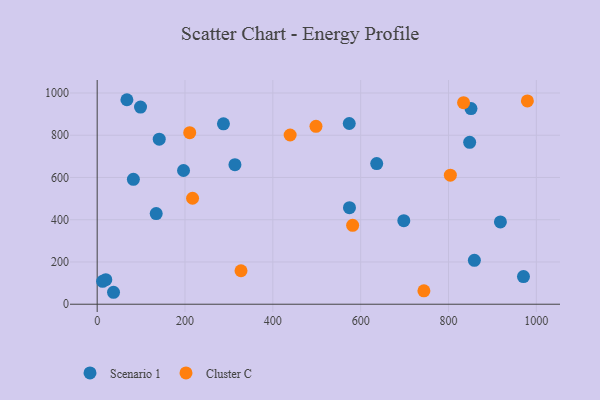
{"axis": {"x": "Distance", "y": "Sales"}, "legend": ["Cluster C", "Scenario 1"], "data": [{"x": "12.4", "y": 108.3, "type": "Scenario 1"}, {"x": "196.6", "y": 633.1, "type": "Scenario 1"}, {"x": "848.2", "y": 766.6, "type": "Scenario 1"}, {"x": "67.7", "y": 968.1, "type": "Scenario 1"}, {"x": "141.3", "y": 781.3, "type": "Scenario 1"}, {"x": "970.7", "y": 131.0, "type": "Scenario 1"}, {"x": "134.4", "y": 429.0, "type": "Scenario 1"}, {"x": "287.5", "y": 854.1, "type": "Scenario 1"}, {"x": "636.5", "y": 665.7, "type": "Scenario 1"}, {"x": "851.2", "y": 926.3, "type": "Scenario 1"}, {"x": "82.4", "y": 591.4, "type": "Scenario 1"}, {"x": "313.7", "y": 660.7, "type": "Scenario 1"}, {"x": "698.2", "y": 395.5, "type": "Scenario 1"}, {"x": "574.5", "y": 457.2, "type": "Scenario 1"}, {"x": "918.2", "y": 389.6, "type": "Scenario 1"}, {"x": "574.0", "y": 855.5, "type": "Scenario 1"}, {"x": "858.9", "y": 207.9, "type": "Scenario 1"}, {"x": "19.6", "y": 116.2, "type": "Scenario 1"}, {"x": "37.2", "y": 56.6, "type": "Scenario 1"}, {"x": "98.7", "y": 933.3, "type": "Scenario 1"}, {"x": "834.3", "y": 954.2, "type": "Cluster C"}, {"x": "210.7", "y": 812.1, "type": "Cluster C"}, {"x": "498.2", "y": 842.3, "type": "Cluster C"}, {"x": "581.7", "y": 373.3, "type": "Cluster C"}, {"x": "327.5", "y": 158.4, "type": "Cluster C"}, {"x": "217.2", "y": 501.8, "type": "Cluster C"}, {"x": "804.2", "y": 610.7, "type": "Cluster C"}, {"x": "979.6", "y": 962.6, "type": "Cluster C"}, {"x": "744.0", "y": 63.5, "type": "Cluster C"}, {"x": "439.4", "y": 801.0, "type": "Cluster C"}]}